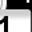
Digit: 1